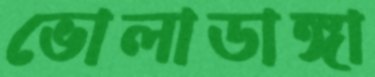
ভোলাডাঙ্গা